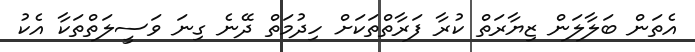
އެތަން ބަލާލަން ޒިޔާރަތް ކުރާ ފަރާތްތަކަށް ހިދުމަތް ދޭނެ ގިނަ ވަސީލަތްތަކާ އެކު